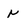
Character: r